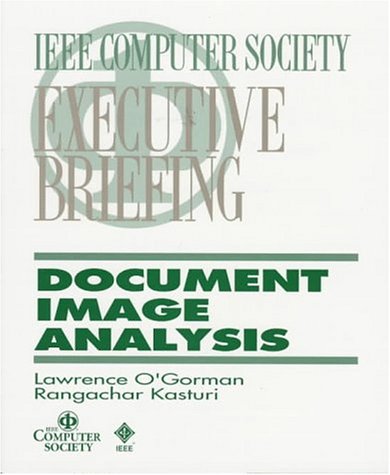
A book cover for Document Image Analysis: An Executive Briefing (Ieee Computer Society Executive Briefing); Larry O'Gorman; Computers & Technology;